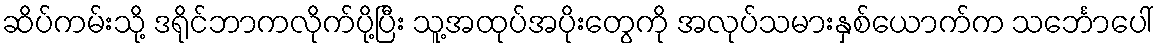
ဆိပ်ကမ်းသို့ ဒရိုင်ဘာကလိုက်ပို့ပြီး သူ့အထုပ်အပိုးတွေကို အလုပ်သမားနှစ်ယောက်က သင်္ဘောပေါ်